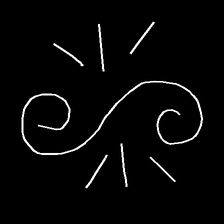
Glyph: wind-directs-air